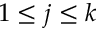
1 \le j \le k